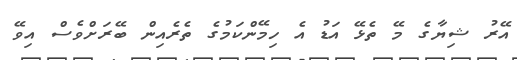
އޭރު ޝިޔާގެ މޭ ތެޅޭ އަޑު އެ ހިމޭންކަމުގެ ތެރެއިން ބޭރަށްވެސް އިވޭ